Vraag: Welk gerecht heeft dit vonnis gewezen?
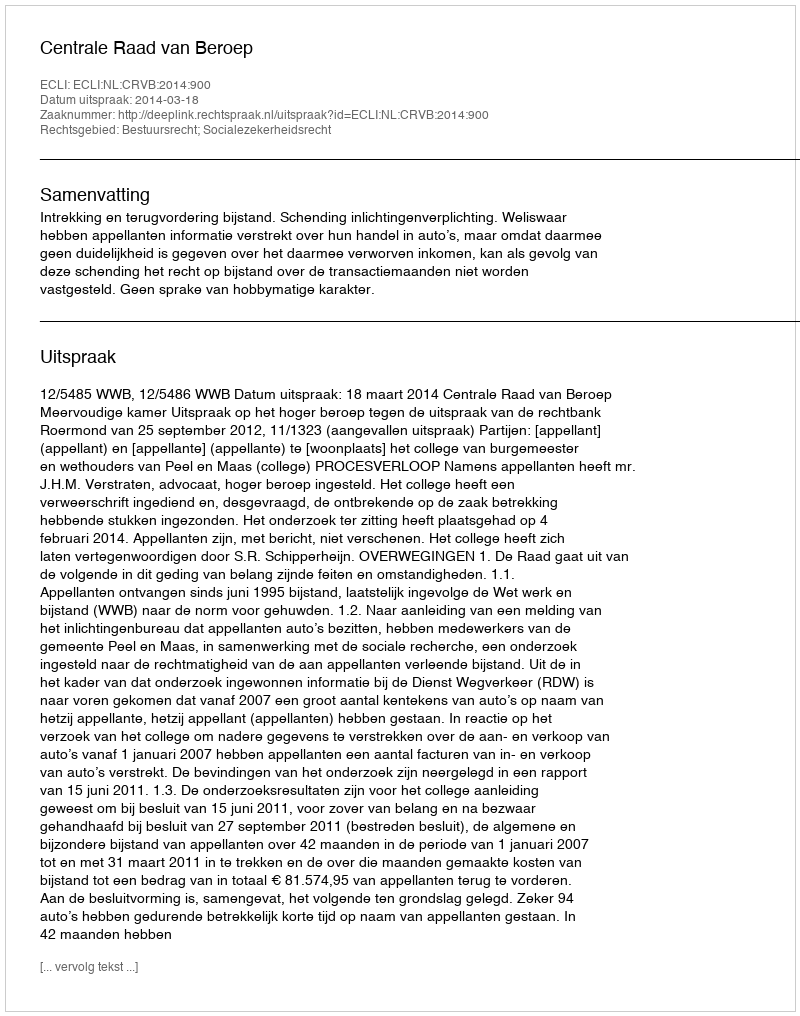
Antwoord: Centrale Raad van Beroep